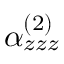
\alpha _ { z z z } ^ { ( 2 ) }